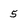
Character: 5